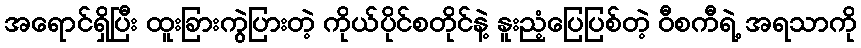
အရောင်ရှိပြီး ထူးခြားကွဲပြားတဲ့ ကိုယ်ပိုင်စတိုင်နဲ့ နူးညံ့ပြေပြစ်တဲ့ ဝီစကီရဲ့ အရသာကို